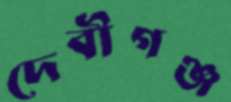
দেবীগঞ্জ